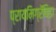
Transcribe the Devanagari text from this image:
प्रायमिग्रॅविडा